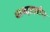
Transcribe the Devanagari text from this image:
शब्दप्रय़ोग